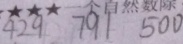
4 2 9 7 9 1 5 0 0